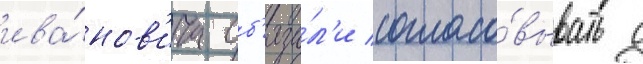
ива́нов'ича об'яза́л'и согласо́вывать с